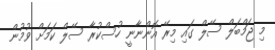
މި ޖަމްބަލް ސޭލް ގައި މިރޭ އޮންނާނީ ހުސްކުރާ ސޭލް ކަމަށް ވުމުން